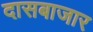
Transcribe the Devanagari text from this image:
दासबाजार